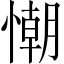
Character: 𢢅